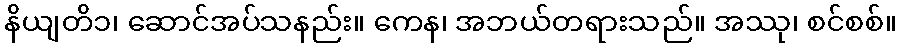
နိယျတိ၁၊ ဆောင်အပ်သနည်း။ ကေန၊ အဘယ်တရားသည်။ အဿု၊ စင်စစ်။